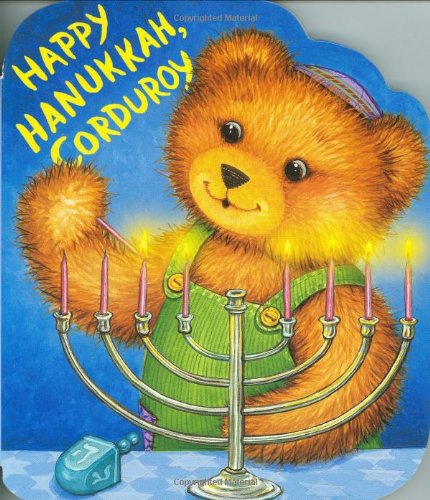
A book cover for Happy Hanukkah, Corduroy; Don Freeman; Children's Books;